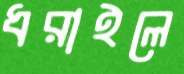
ধরাইলে